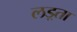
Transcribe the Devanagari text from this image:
लड़्ता